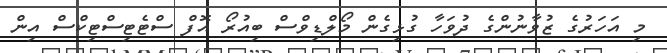
މި އަހަރުގެ ޒުވާނުންގެ ދުވަހާ ގުޅިގެން މޯލްޑިވްސް ބިއުރޯ އޮފް ސްޓެޓިސްޓިކްސް އިން